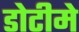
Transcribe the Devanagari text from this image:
डोटीमे